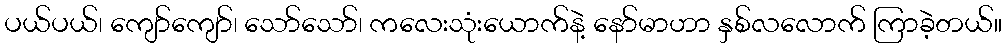
ပယ်ပယ်၊ ကျော်ကျော်၊ သော်သော်၊ ကလေးသုံးယောက်နဲ့ နော်မာဟာ နှစ်လလောက် ကြာခဲ့တယ်။